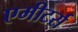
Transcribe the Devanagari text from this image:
एमीटर्स